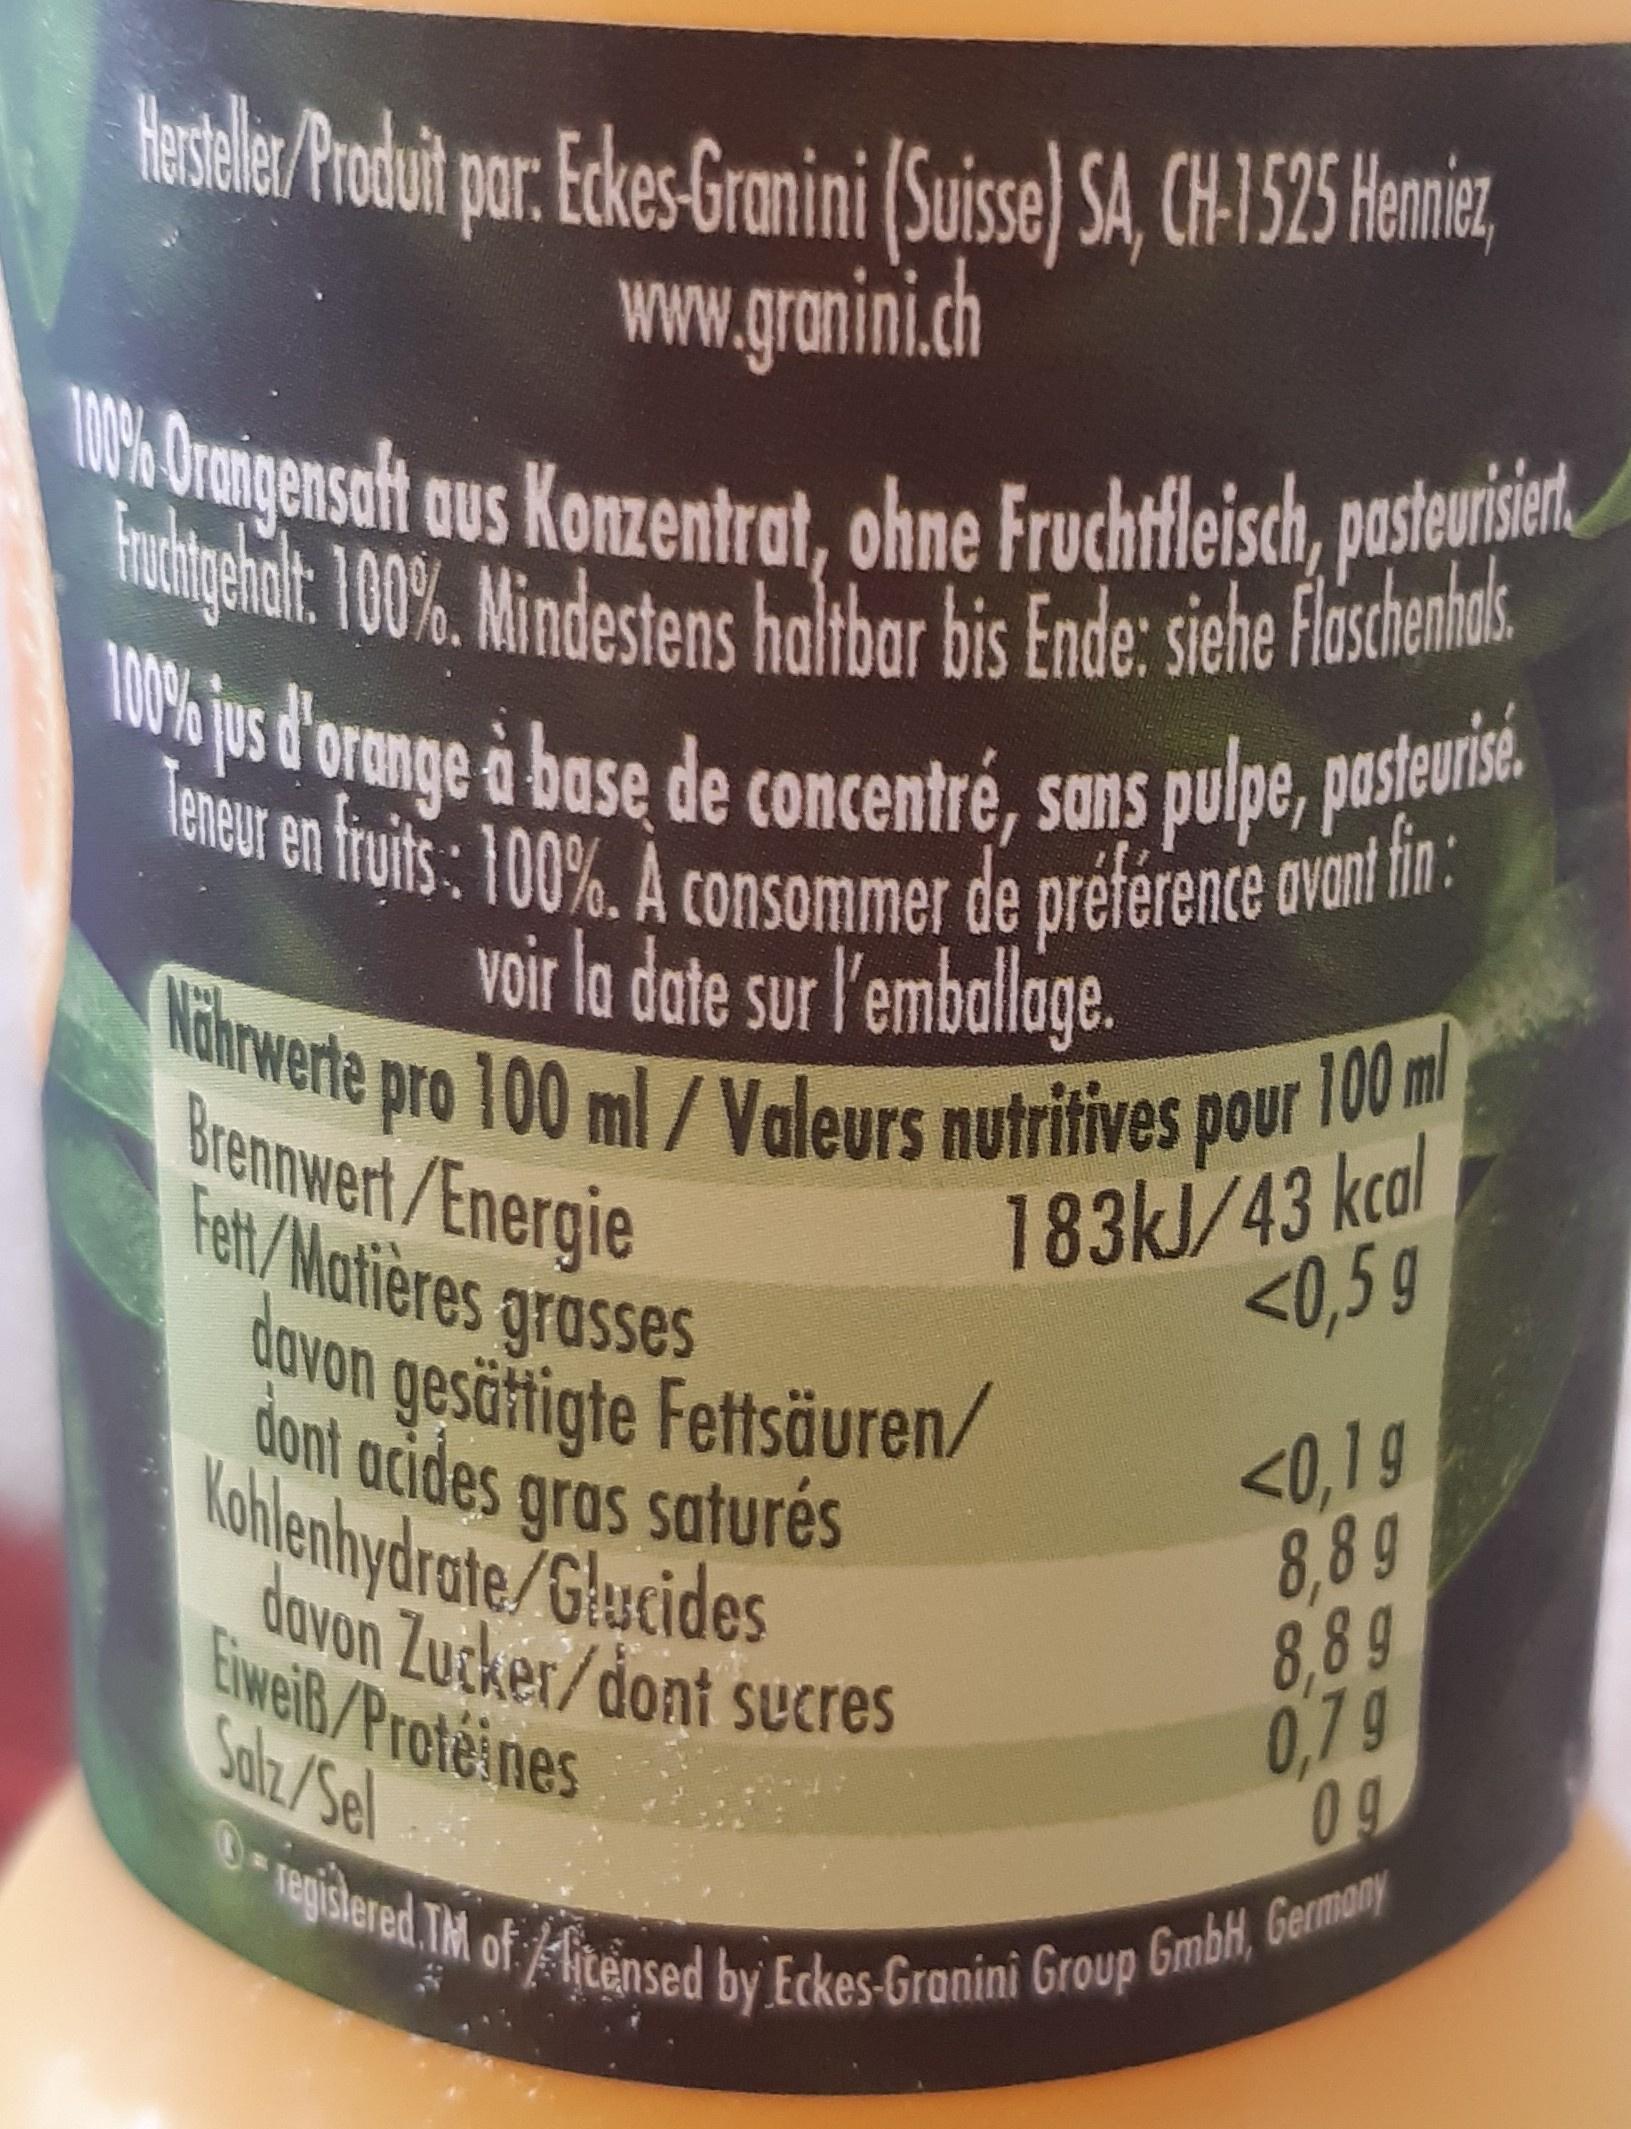
Hasele Poduit par. EkesGranini (Suisse) SA, CH1525 Hemie, www.granini.ch
Urengensaft aus Konzentrat, ohne Fruchtfleisch, pasteurisen.
hobhnghalt:100%. Mindestens haltbar bis Ende: siehe flschenhak. 10% jus d'orange à base de concentré, sans pulpe, pasteunise.
leneur en fruits: 100% À consommer de préférence ovoNi voir la date sur l'emballage.
Nahrwerte pro 100 ml/Valeurs nutritives pour 100 ml
Brennwert/Energie Fett/Matières grasses
183kJ/43 kcal <0,5 g
dovon gesärtigte Fettsäuren/ dont acides gras saturés Kohlenhydrate/Glucides dovon Zucker/dont sucres
<0,19 8,89 8,8 g 0,79
Eiweiß/Proteines Salz/Sel
0iagislered TM of litensed by Eckes-Granini Group GmbH, Germany